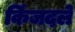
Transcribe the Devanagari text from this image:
किंजदले